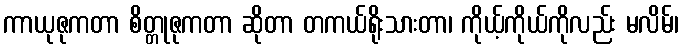
ကာယုဇုကတာ စိတ္တုဇုကတာ ဆိုတာ တကယ်ရိုးသားတာ၊ ကိုယ့်ကိုယ်ကိုလည်း မလိမ်၊